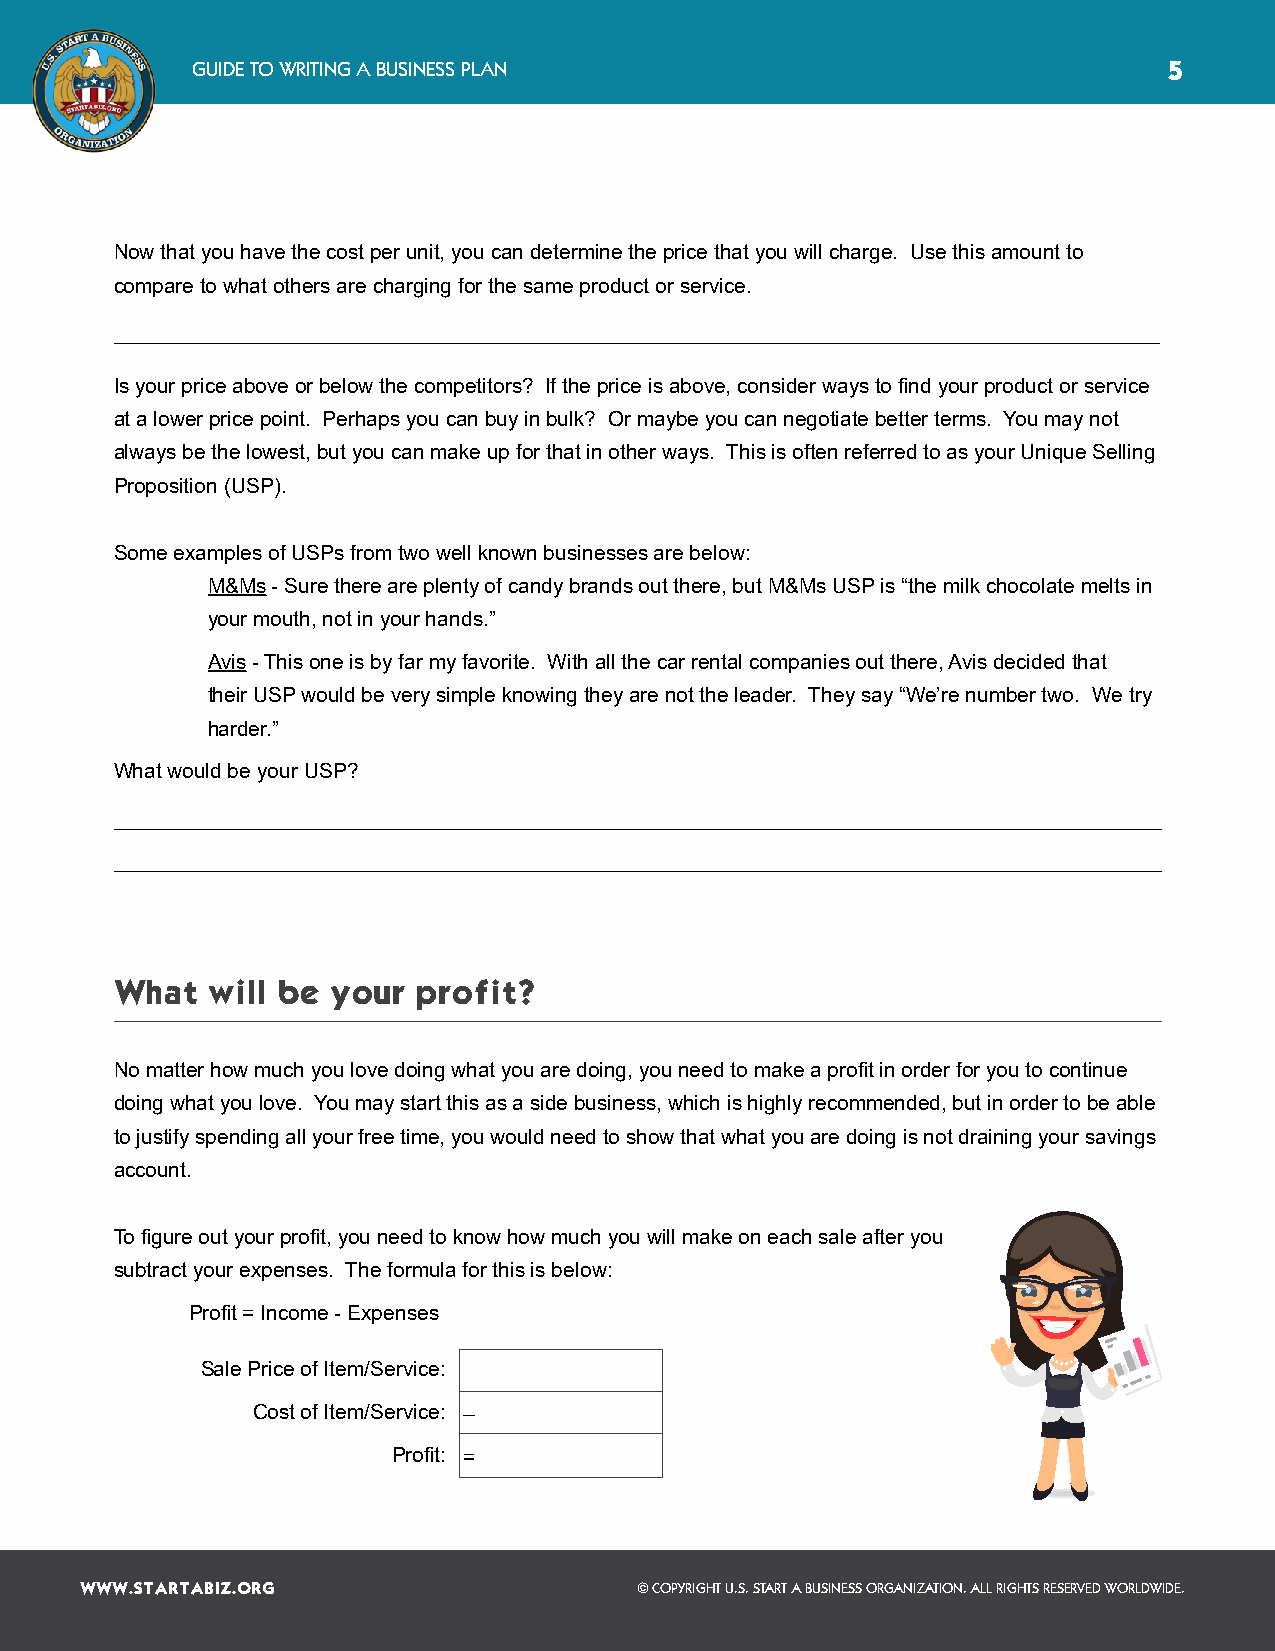
GUIDE TO WRITING A BUSINESS PLAN                                5
 Now that you have the cost per unit, you can determine the price that you will charge. Use this amount to
 compare to what others are charging for the same product or service.
 Is your price above or below the competitors? If the price is above, consider ways to find your product or service
 at a lower price point. Perhaps you can buy in bulk? Or maybe you can negotiate better terms. You may not
 always be the lowest, but you can make up for that in other ways. This is often referred to as your Unique Selling
 Proposition (USP).
 Some examples of USPs from two well known businesses are below:
 M&Ms - Sure there are plenty of candy brands out there, but M&Ms USP is “the milk chocolate melts in
 your mouth, not in your hands.”
 Avis - This one is by far my favorite. With all the car rental companies out there, Avis decided that
 their USP would be very simple knowing they are not the leader. They say “We’re number two. We try
 harder.”
 What would be your USP?
 What  will be your profit?
 No matter how much you love doing what you are doing, you need to make a profit in order for you to continue
 doing what you love. You may start this as a side business, which is highly recommended, but in order to be able
 to justify spending all your free time, you would need to show that what you are doing is not draining your savings
 account.
 To figure out your profit, you need to know how much you will make on each sale after you
 subtract your expenses. The formula for this is below:
 Profit = Income - Expenses
 Sale Price of Item/Service:
 Cost of Item/Service: –
 Profit: =
 WWW.STARTABIZ.ORG                    © COPYRIGHT U.S. START A BUSINESS ORGANIZATION. ALL RIGHTS RESERVED WORLDWIDE.